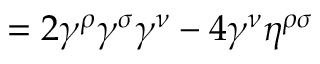
= 2 \gamma ^ { \rho } \gamma ^ { \sigma } \gamma ^ { \nu } - 4 \gamma ^ { \nu } \eta ^ { \rho \sigma }